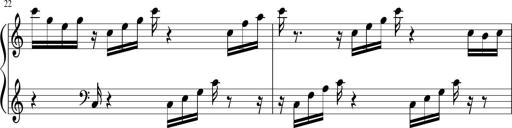
Title: Sonatina di Santa Gemma, JKB 12
Composer: Jason Baruk
Key: F major